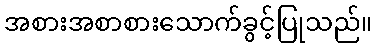
အစားအစာစားသောက်ခွင့်ပြုသည်။